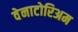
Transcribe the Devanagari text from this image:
वेनाटोरिअम